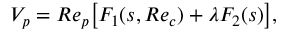
\begin{array} { r } { V _ { p } = R e _ { p } \big [ F _ { 1 } ( s , R e _ { c } ) + \lambda F _ { 2 } ( s ) \big ] , } \end{array}